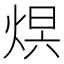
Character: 𤊋